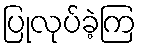
ပြုလုပ်ခဲ့ကြ